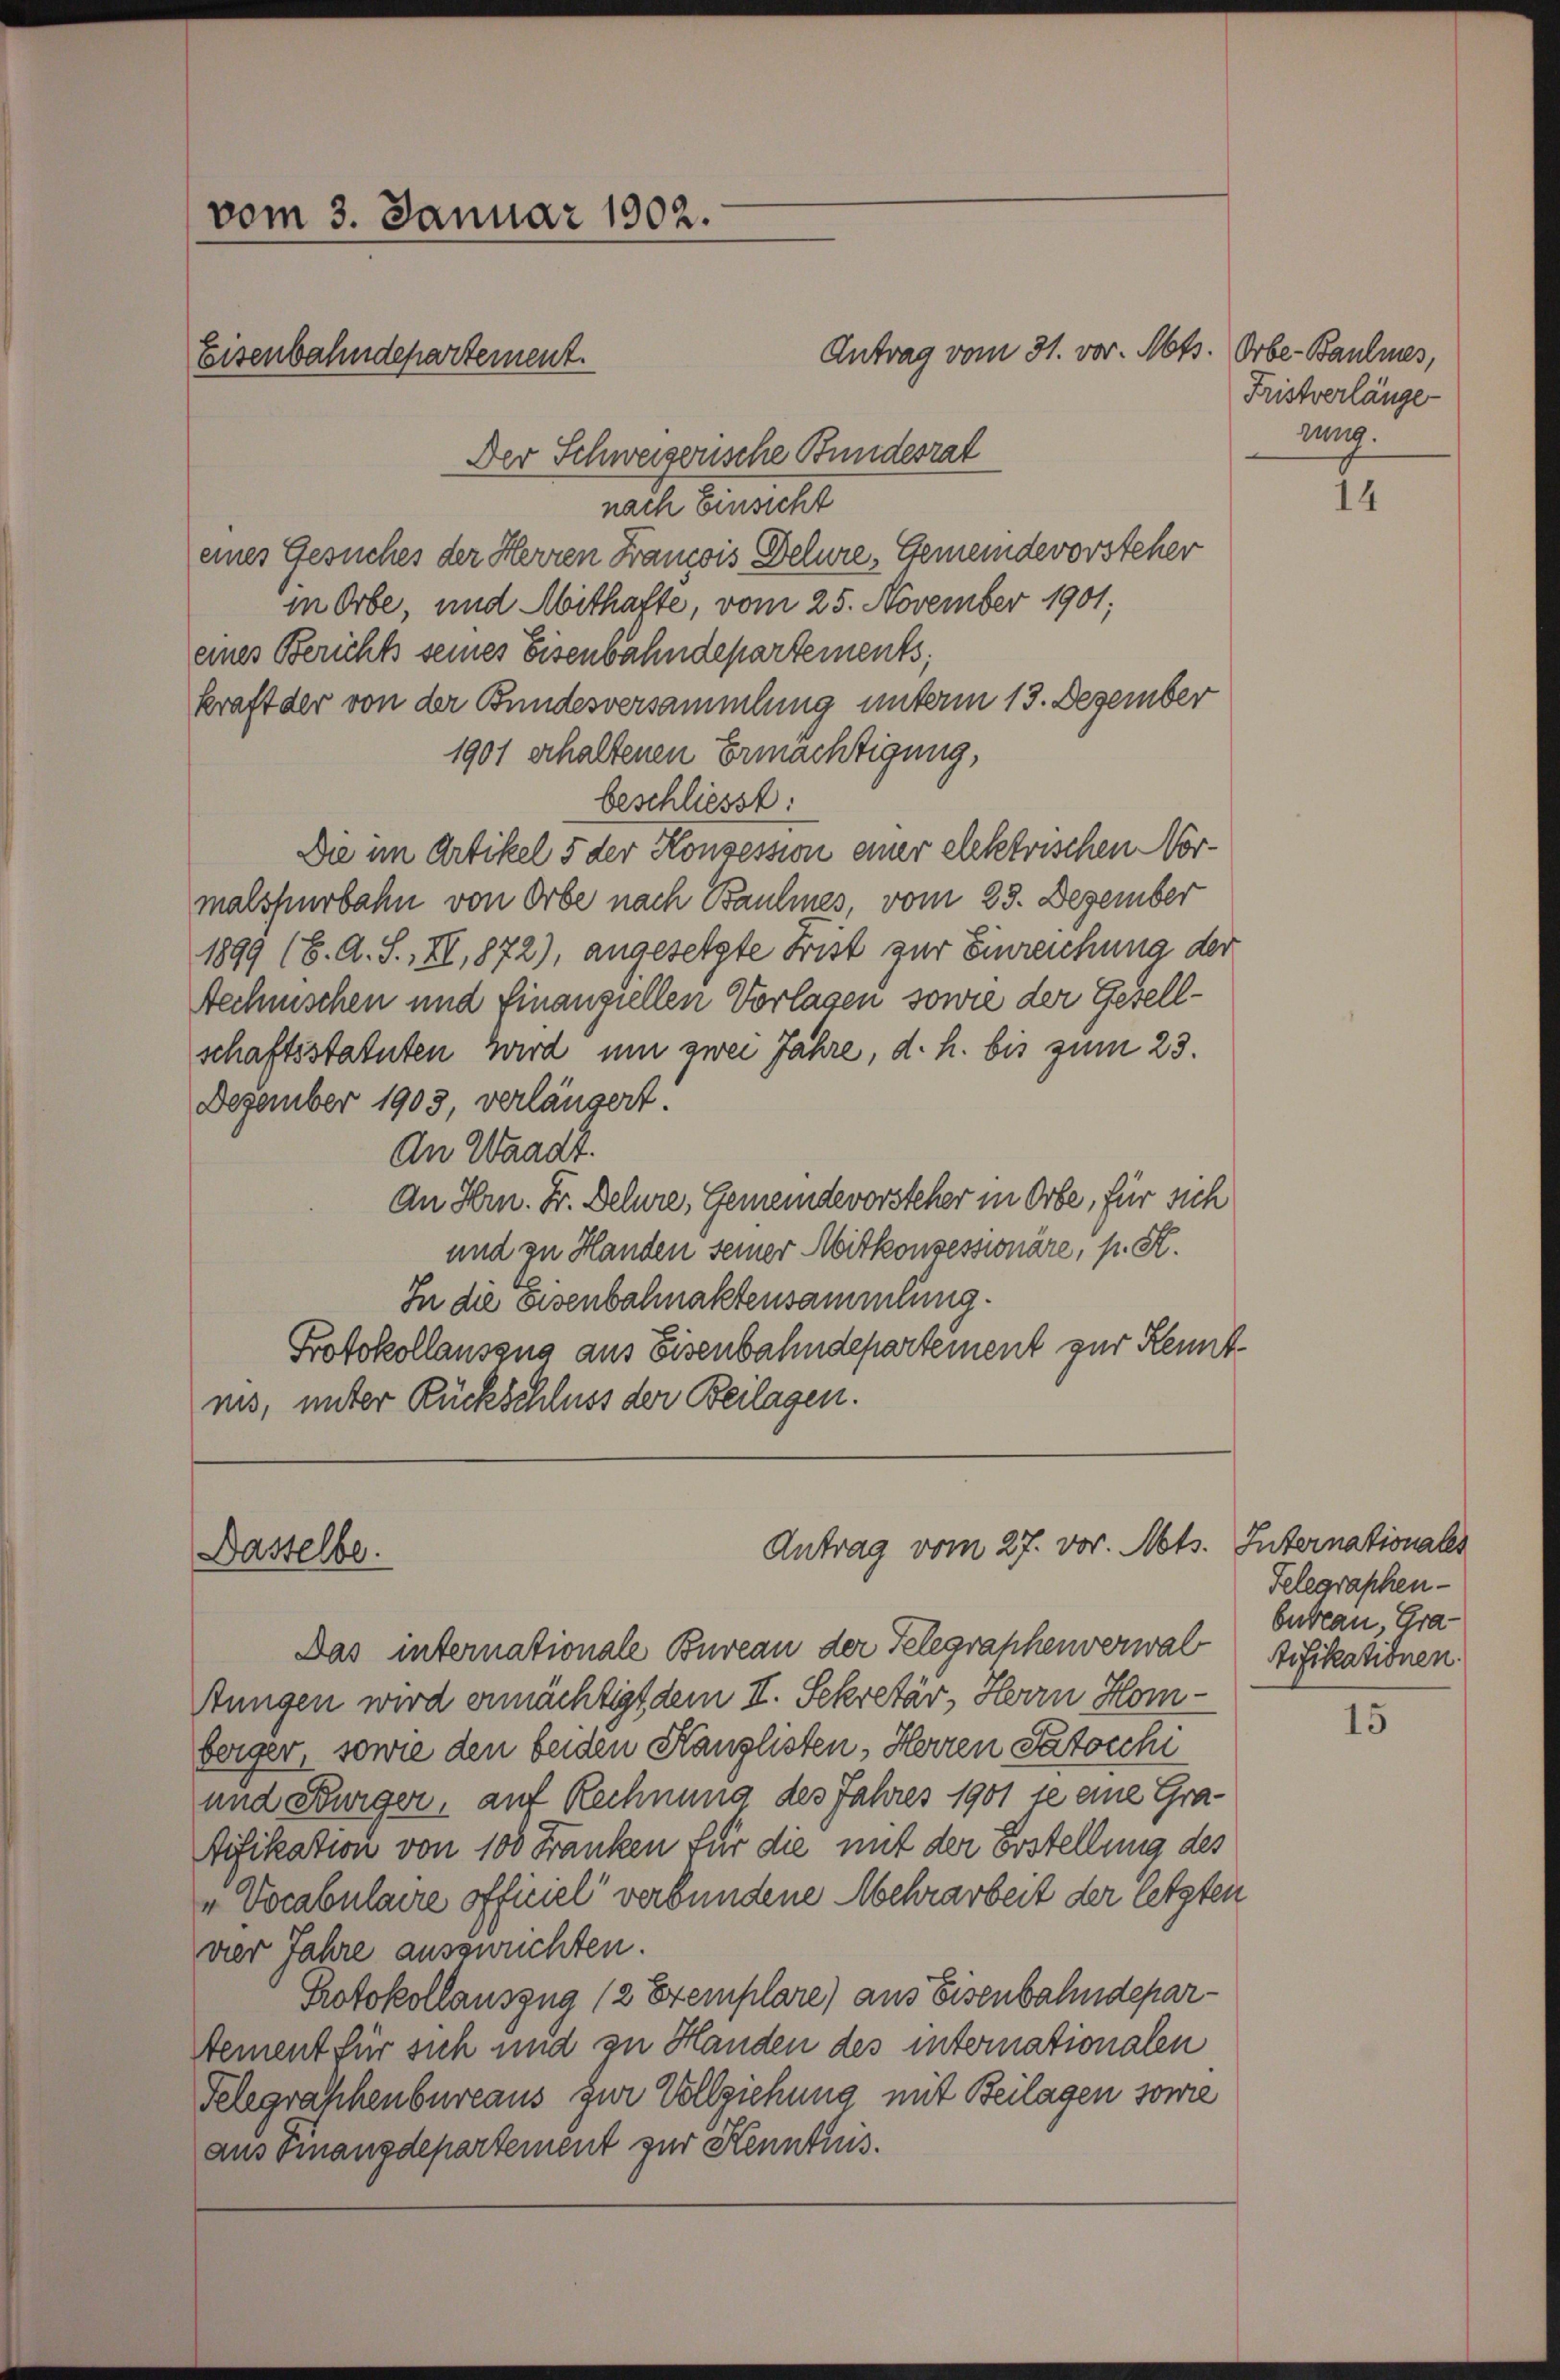
vom 3. Januar 1902.
Eisenbahndepartement.

Antrag vom 31. vor. Mts. Orbe-Baumes,
Der Schweizerische Bundesrat
nach Einsicht
eines Gesuches der Herren Francois Delure, Gemeindevorsteher
in Orbe, und Mithafte, vom 25. November 1901,
eines Berichts seines Eisenbahndepartements,
kraft der von der Bundesversammlung unterm 13. Dezember
1901 erhaltenen Ermächtigung,
beschliesst:
Die im Artikel 5 der Konzession einer elektrischen Nor-
malspurbahn von Orbe nach Baumes, vom 25. Dezember
1899 (6. A. S., II, 1872), angesetzte Frist zur Einreichung der
technischen und Finanziellen Vorlagen sowie der Gesellschaftsstatuten wird um zwei Jahre, d. h. bis zum 23.
Dezember 1903, verlängert.
An Waadt.
An Hrn. Fr. Delure, Gemeindevorsteher in Orte, für sich
und zu Handen seiner Mitkonzessionäre, p. St.
In die Eisenbahnaktensammlung.
Protokollauszug aus Eisenbahndepartement zur Kenntnis, unter Rückschluss der Beilagen.

Dasselbe.

Antrag vom 27. vor. Mts. Internationales

Das internationale Bureau der Telegraphenverwal
Aungen wird ermächtigt dem II. Sekretär, Herrn Homberger, sowie den beiden Kanzlisten, Herren Patocchi
und Bürger, auf Rechnung des Jahres 1901 se eine Gratifikation von 100 Franken für die mit der Erstellung des
"Vocabulaire officiel verbundene Mehrarbeit der letzten
vier Jahre auszurichten.
Protokollauszug (2 Exemplare) aus Eisenbahndepar¬
Atement für sich und zu Handen des internationalen
Telegraphenbureaus zur Vollziehung mit Beilagen sowie
aus Finanzdepartement zur Kenntnis.

Fristverlänge
uung.

14

Telegraphen-
bureau, Gratifikationen.

15